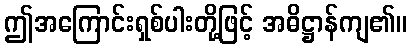
ဤအကြောင်းရှစ်ပါးတို့ဖြင့် အဓိဋ္ဌာန်ကျ၏။